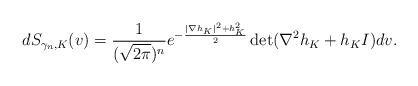
LaTeX: \begin{align*}dS_{\gamma_n, K }(v)= \frac{1}{(\sqrt{2\pi})^n} e^{-\frac{|\nabla h_K|^2+h_K^2}{2}} \det (\nabla^2 h_K+h_KI)dv.\end{align*}